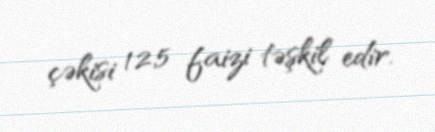
çəkisi 12,5 faizi təşkil edir.